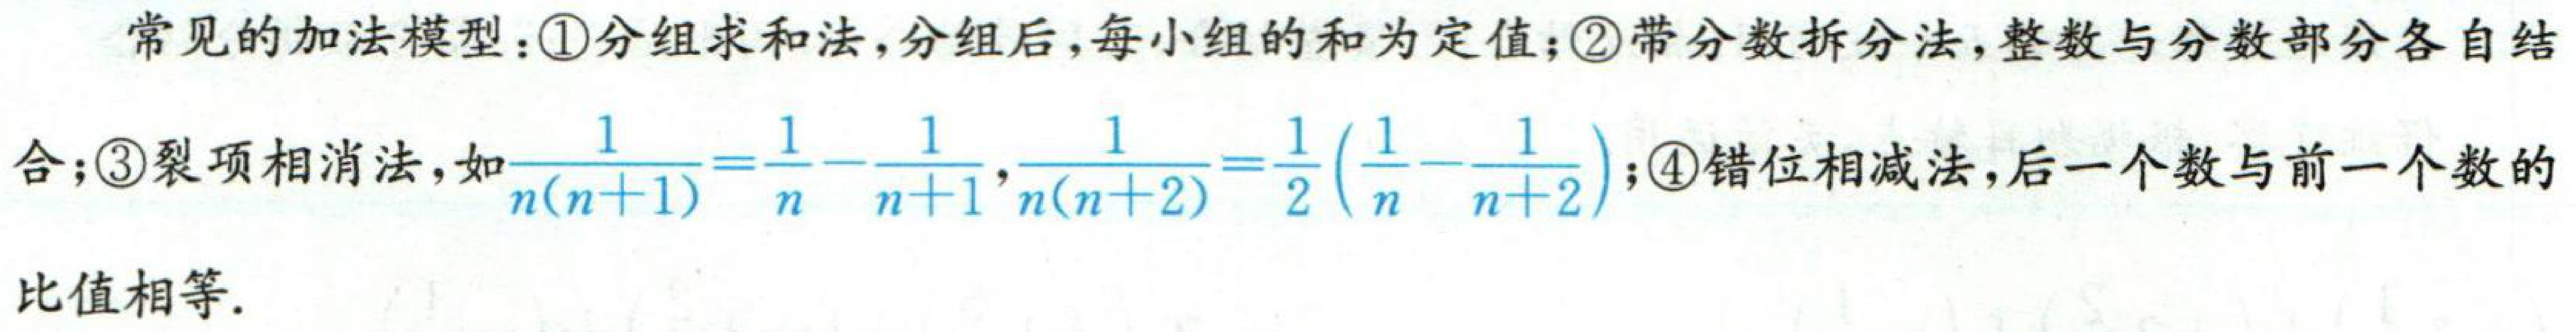
常见的加法模型：\textcircled{1}分组求和法，分组后，每小组的和为定值；\textcircled{2}带分数拆分法，整数与分数部分各自结
合；\textcircled{3}裂项相消法，如$\frac{1}{n(n + 1)}=\frac{1}{n}-\frac{1}{n + 1},\frac{1}{n(n + 2)}=\frac{1}{2}(\frac{1}{n}-\frac{1}{n + 2})$；\textcircled{4}错位相减法，后一个数与前一个数的
比值相等.